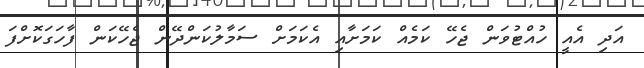
އަދި އެއީ ހުއްޓުވަން ޖެހޭ ކަމެއް ކަމަށާއި އެކަމަށް ސަމާލުކަންދޭން ޖެހޭކަން ފާހަގަކޮށްފަ